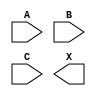
module sky130_fd_sc_lp__or3 (
    //# {{data|Data Signals}}
    input  A,
    input  B,
    input  C,
    output X
);

    // Voltage supply signals
    supply1 VPWR;
    supply0 VGND;
    supply1 VPB ;
    supply0 VNB ;

endmodule